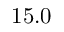
1 5 . 0